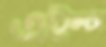
এইম্স